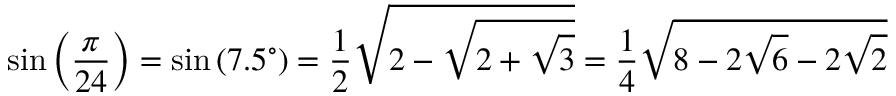
\sin \left( { \frac { \pi } { 2 4 } } \right) = \sin \left( 7 . 5 ^ { \circ } \right) = { \frac { 1 } { 2 } } { \sqrt { 2 - { \sqrt { 2 + { \sqrt { 3 } } } } } } = { \frac { 1 } { 4 } } { \sqrt { 8 - 2 { \sqrt { 6 } } - 2 { \sqrt { 2 } } } }